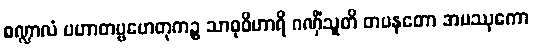
စဏ္ဍာလံ ပဟာတဗ္ဗဟေတုကဉ္စ သာဓုဝိဟာရိ ဂဏှိံသူတိ တပနတော အမဿုကော